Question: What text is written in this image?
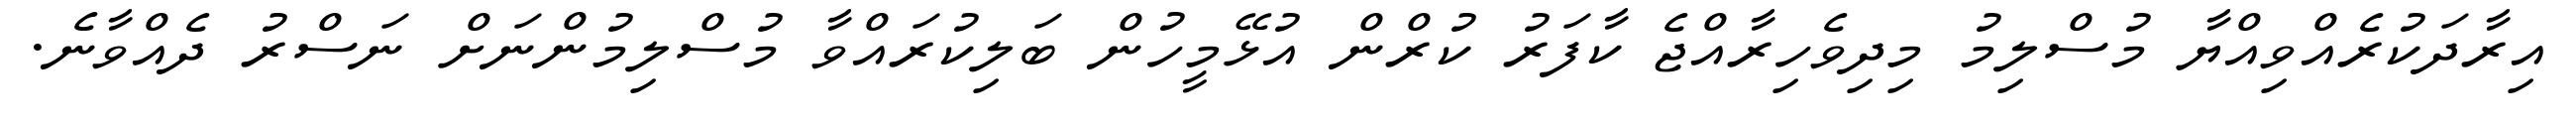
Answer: އިރާދަކުރެއްވިއްޔާ މުސްލިމު މިދިވެހިރާއްޖެ ކާފަރު ކުރްން އުޅޭމީހުން ބަލިކުރައްވާ މުސްލިމުންނަށް ނަސްރު ދެއްވާނެ.